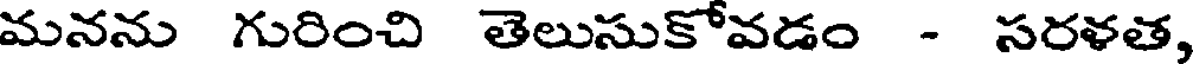
మనను గురించి తెలుసుకోవడం - సరళత,